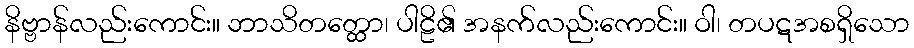
နိဗ္ဗာန်လည်းကောင်း။ ဘာသိတတ္ထော၊ ပါဠိ၏ အနက်လည်းကောင်း။ ဝါ၊ တပဋအစရှိသော